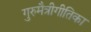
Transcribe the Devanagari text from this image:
गुरुमैत्रीगीतिका